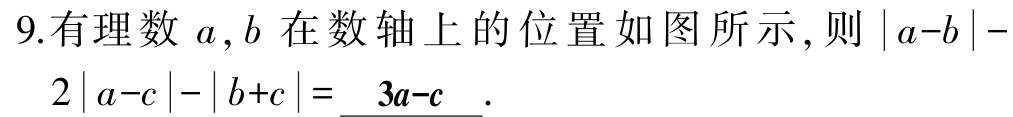
9.有理数 \(a,b\) 在数轴上的位置如图所示,则 \(|a - b|-2|a - c|-|b + c|=\underline{3a - c}\).